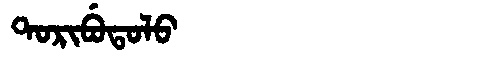
Manchu: ᡨᠣᡵᡳᠪᡠᡨᠣᠯᠣ
Romanization: TORIBUTOLO